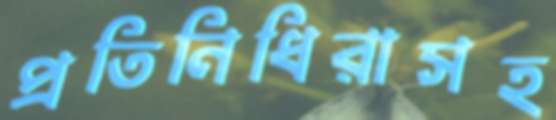
প্রতিনিধিরাসহ